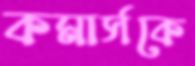
কমার্সকে